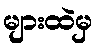
များထဲမှ